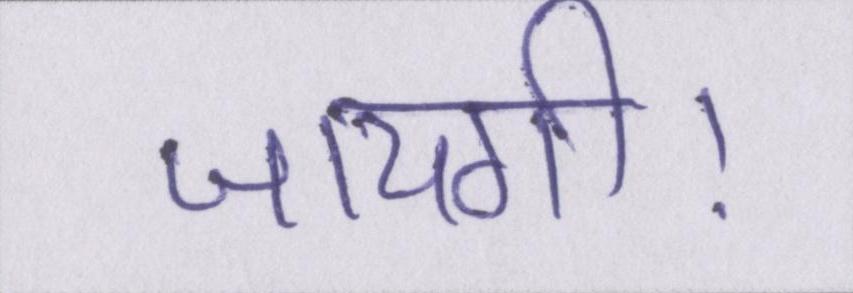
जायगी।